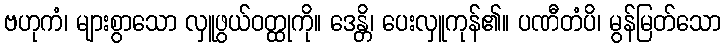
ဗဟုကံ၊ များစွာသော လှူဖွယ်ဝတ္ထုကို။ ဒေန္တိ၊ ပေးလှူကုန်၏။ ပဏီတံပိ၊ မွန်မြတ်သော